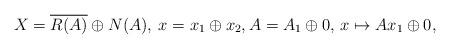
LaTeX: \begin{align*}X = \overline{R(A)} \oplus N(A),\:x = x_1 \oplus x_2,A = A_1 \oplus 0,\,x \mapsto A x_1 \oplus 0,\end{align*}